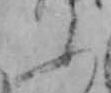
ふ